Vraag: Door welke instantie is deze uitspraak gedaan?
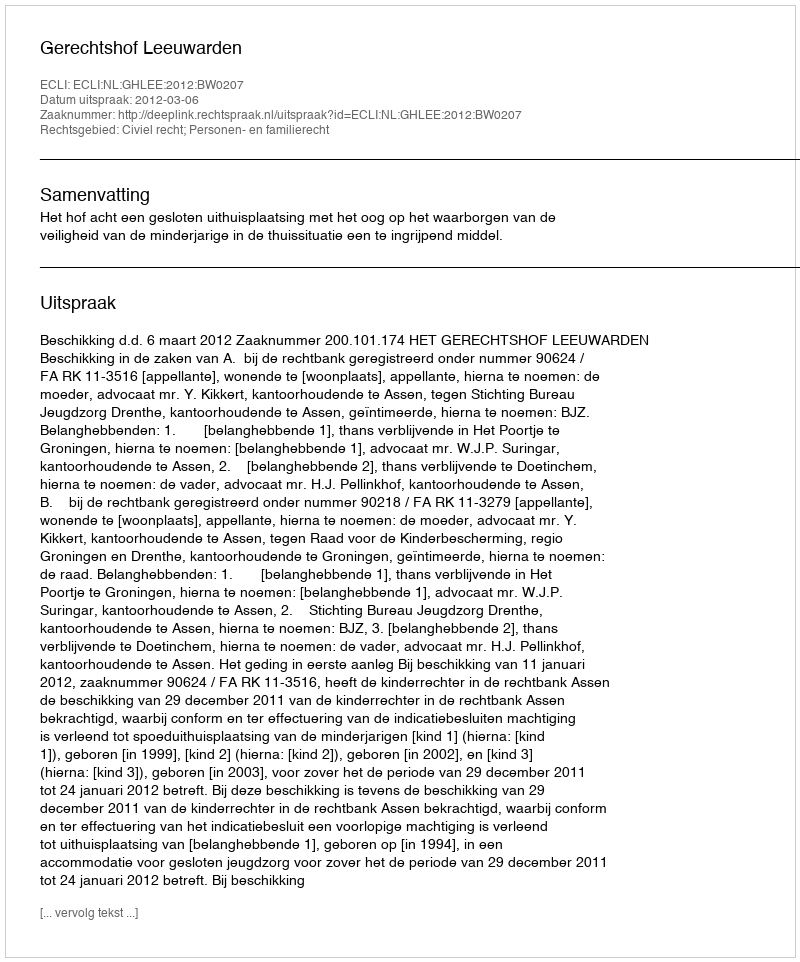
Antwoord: Gerechtshof Leeuwarden